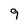
Character: 9